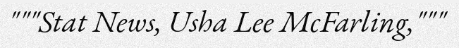
"""Stat News, Usha Lee McFarling,"""